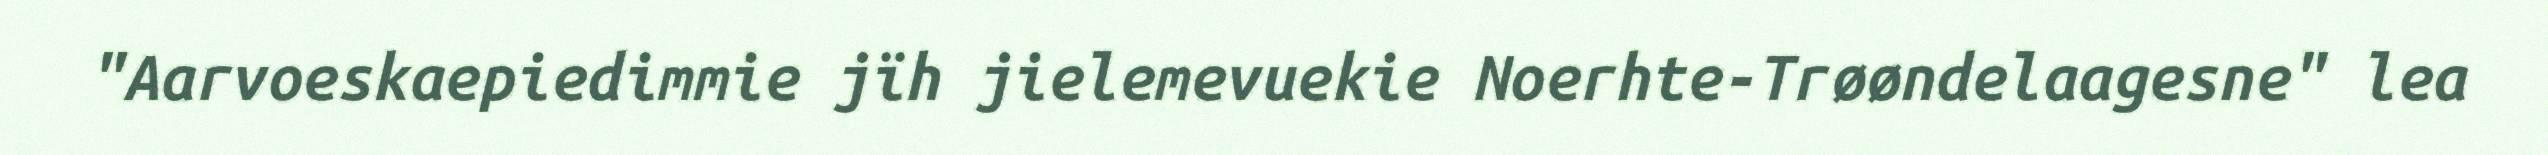
"Aarvoeskaepiedimmie jïh jielemevuekie Noerhte-Trøøndelaagesne" lea